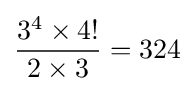
{\frac {3^{4}\times 4!}{2\times 3}}=324